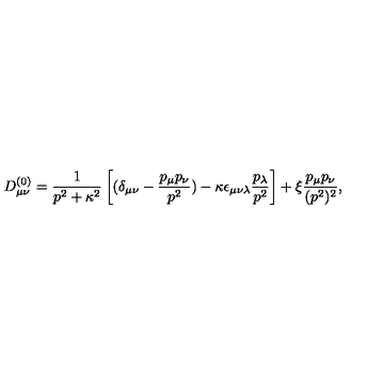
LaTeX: D _ { \mu \nu } ^ { ( 0 ) } = \frac { 1 } { p ^ { 2 } + \kappa ^ { 2 } } \left[ ( \delta _ { \mu \nu } - \frac { p _ { \mu } p _ { \nu } } { p ^ { 2 } } ) - \kappa \epsilon _ { \mu \nu \lambda } { \frac { p _ { \lambda } } { p ^ { 2 } } } \right] + \xi \frac { p _ { \mu } p _ { \nu } } { ( p ^ { 2 } ) ^ { 2 } } ,